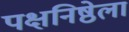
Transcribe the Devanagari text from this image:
पक्षनिष्ठेला